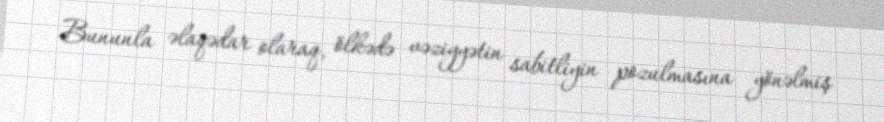
Bununla əlaqədar olaraq, ölkədə vəziyyətin sabitliyin pozulmasına yönəlmiş